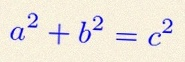
a^2+b^2=c^2